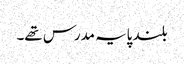
بلند پایہ مدرس تھے۔